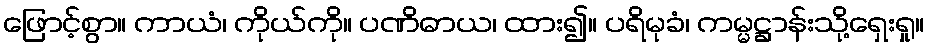
ဖြောင့်စွာ။ ကာယံ၊ ကိုယ်ကို။ ပဏိဓာယ၊ ထား၍။ ပရိမုခံ၊ ကမ္မဋ္ဌာန်းသို့ရှေးရှု။